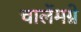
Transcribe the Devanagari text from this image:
चार्लेमग्ने